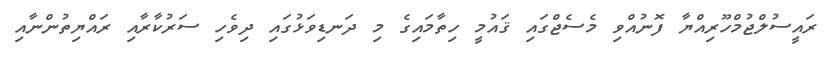
ރައީސުލްޖުމްހޫރިއްޔާ ފޮނުއްވި މެސެޖްގައި ޤައުމީ ހިތާމައިގެ މި ދަނޑިވަޅުގައި ދިވެހި ސަރުކާރާއި ރައްޔިތުންނާއި